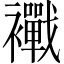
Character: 𧟀